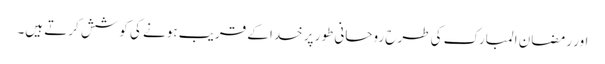
اور رمضان المبارک کی طرح روحانی طور پر خدا کے قریب ہونے کی کوشش کرتے ہیں۔